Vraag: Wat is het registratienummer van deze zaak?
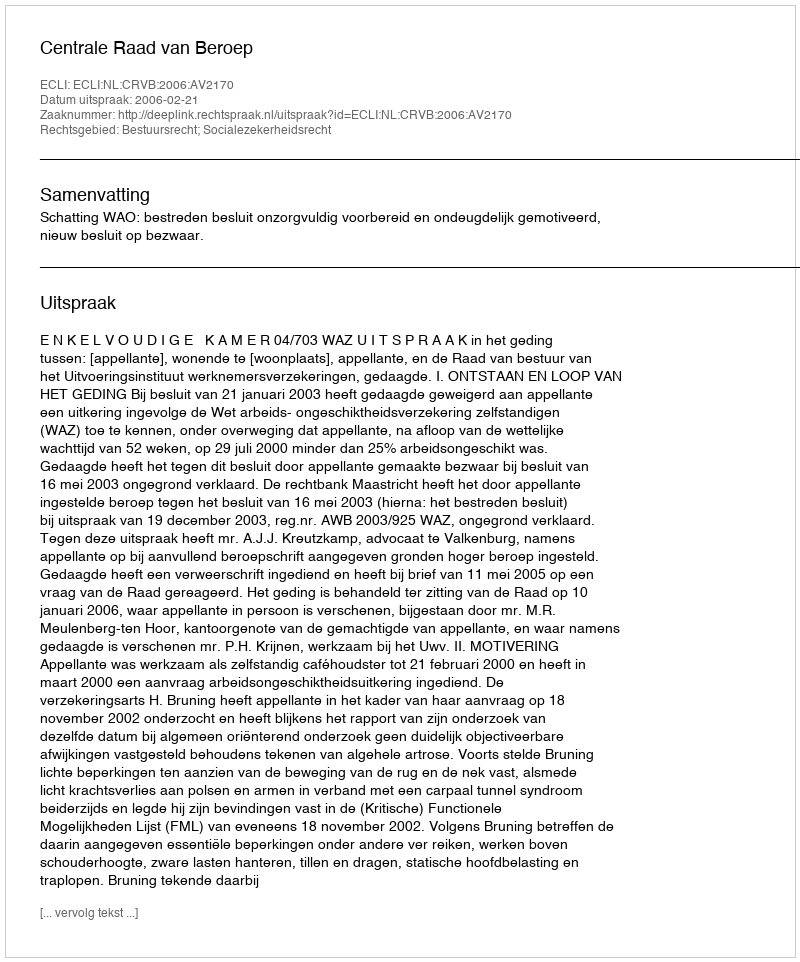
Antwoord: http://deeplink.rechtspraak.nl/uitspraak?id=ECLI:NL:CRVB:2006:AV2170